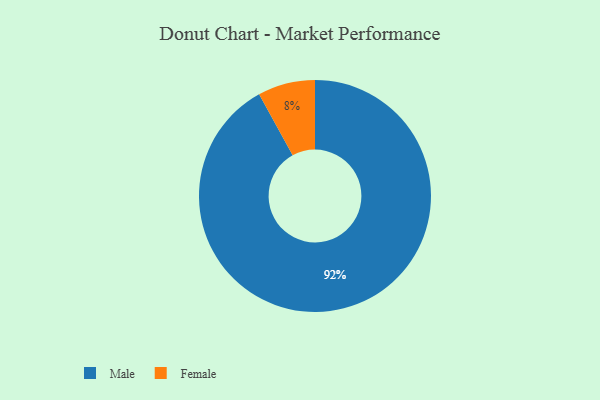
{"axis": {"x": "Category", "y": "Percentage"}, "legend": ["Female", "Male"], "data": [{"x": "Male", "y": 92, "type": "Male"}, {"x": "Female", "y": 8, "type": "Female"}]}